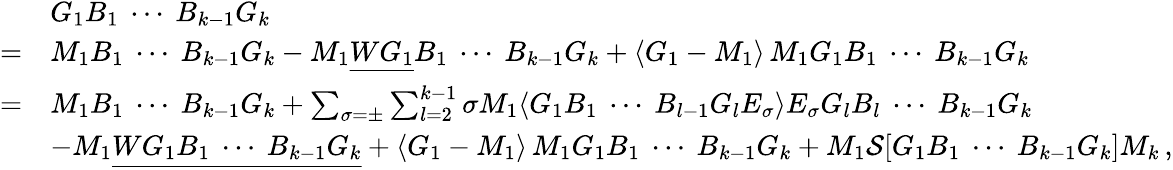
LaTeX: \begin{array}{rl}&{G_{1}B_{1}\ \cdots\ B_{k-1}G_{k}}\\ {=}&{M_{1}B_{1}\ \cdots\ B_{k-1}G_{k}-M_{1}\underline{{WG_{1}}}B_{1}\ \cdots\ B_{k-1}G_{k}+\langle G_{1}-M_{1}\rangle\, M_{1}G_{1}B_{1}\ \cdots\ B_{k-1}G_{k}}\\ {=}&{M_{1}B_{1}\ \cdots\ B_{k-1}G_{k}+\sum_{\sigma=\pm}\sum_{l=2}^{k-1}\sigma M_{1}\langle G_{1}B_{1}\ \cdots\ B_{l-1}G_{l}E_{\sigma}\rangle E_{\sigma}G_{l}B_{l}\ \cdots\ B_{k-1}G_{k}}\\ &{-M_{1}\underline{{WG_{1}B_{1}\ \cdots\ B_{k-1}G_{k}}}+\langle G_{1}-M_{1}\rangle\, M_{1}G_{1}B_{1}\ \cdots\ B_{k-1}G_{k}+M_{1}\mathcal{S}[G_{1}B_{1}\ \cdots\ B_{k-1}G_{k}]M_{k}\, ,}\end{array}